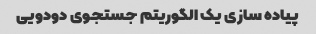
پیاده سازی یک الگوریتم جستجوی دودویی